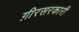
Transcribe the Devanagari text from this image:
ग़ीरसरकारी